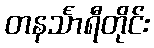
တနင်္သာရီတိုင်း